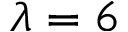
\lambda = 6